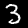
Label: 3